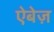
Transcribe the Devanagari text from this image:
ऐबेज़